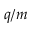
q / m